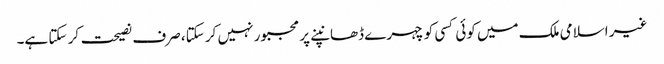
غیر اسلامی ملک میں کوئی کسی کو چہرے ڈھانپنے پر مجبور نہیں کر سکتا، صرف نصیحت کر سکتا ہے۔